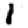
Digit: 1